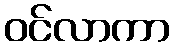
ဝင်လာကာ